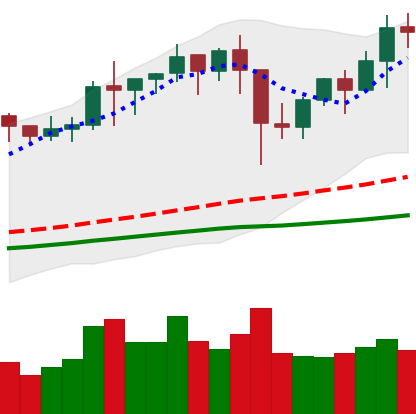
Ticker: BNB-USD
Chart end date: 2021-01-18
Forward return: -10.005%
Label: down_7plus